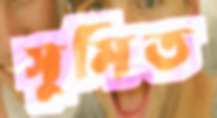
সুমিত